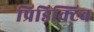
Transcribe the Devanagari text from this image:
प्रिडिक्टिव